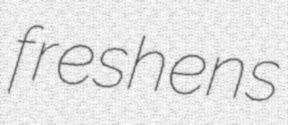
freshens